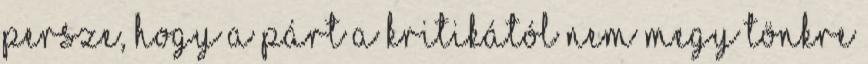
Persze, hogy a párt a kritikától nem megy tönkre